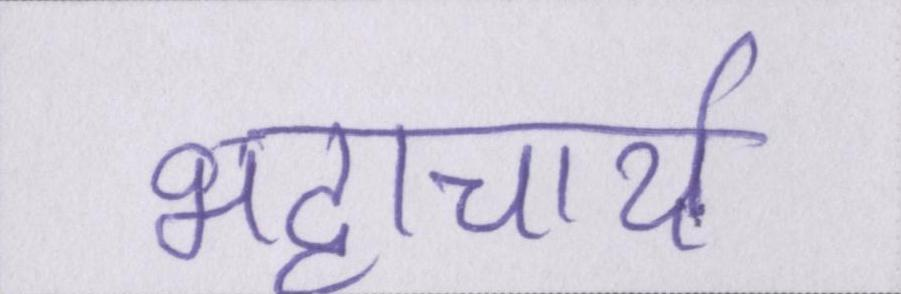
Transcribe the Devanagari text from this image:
भट्टाचार्य